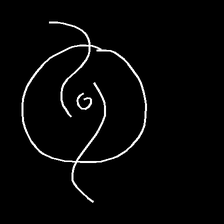
Glyph: repetition